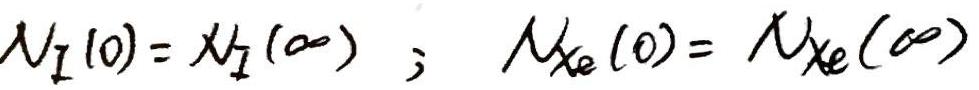
$\mathcal{N}_I(0)=\mathcal{N}_I(\infty);\quad \mathcal{N}_{Xe}(0)=\mathcal{N}_{Xe}(\infty)$